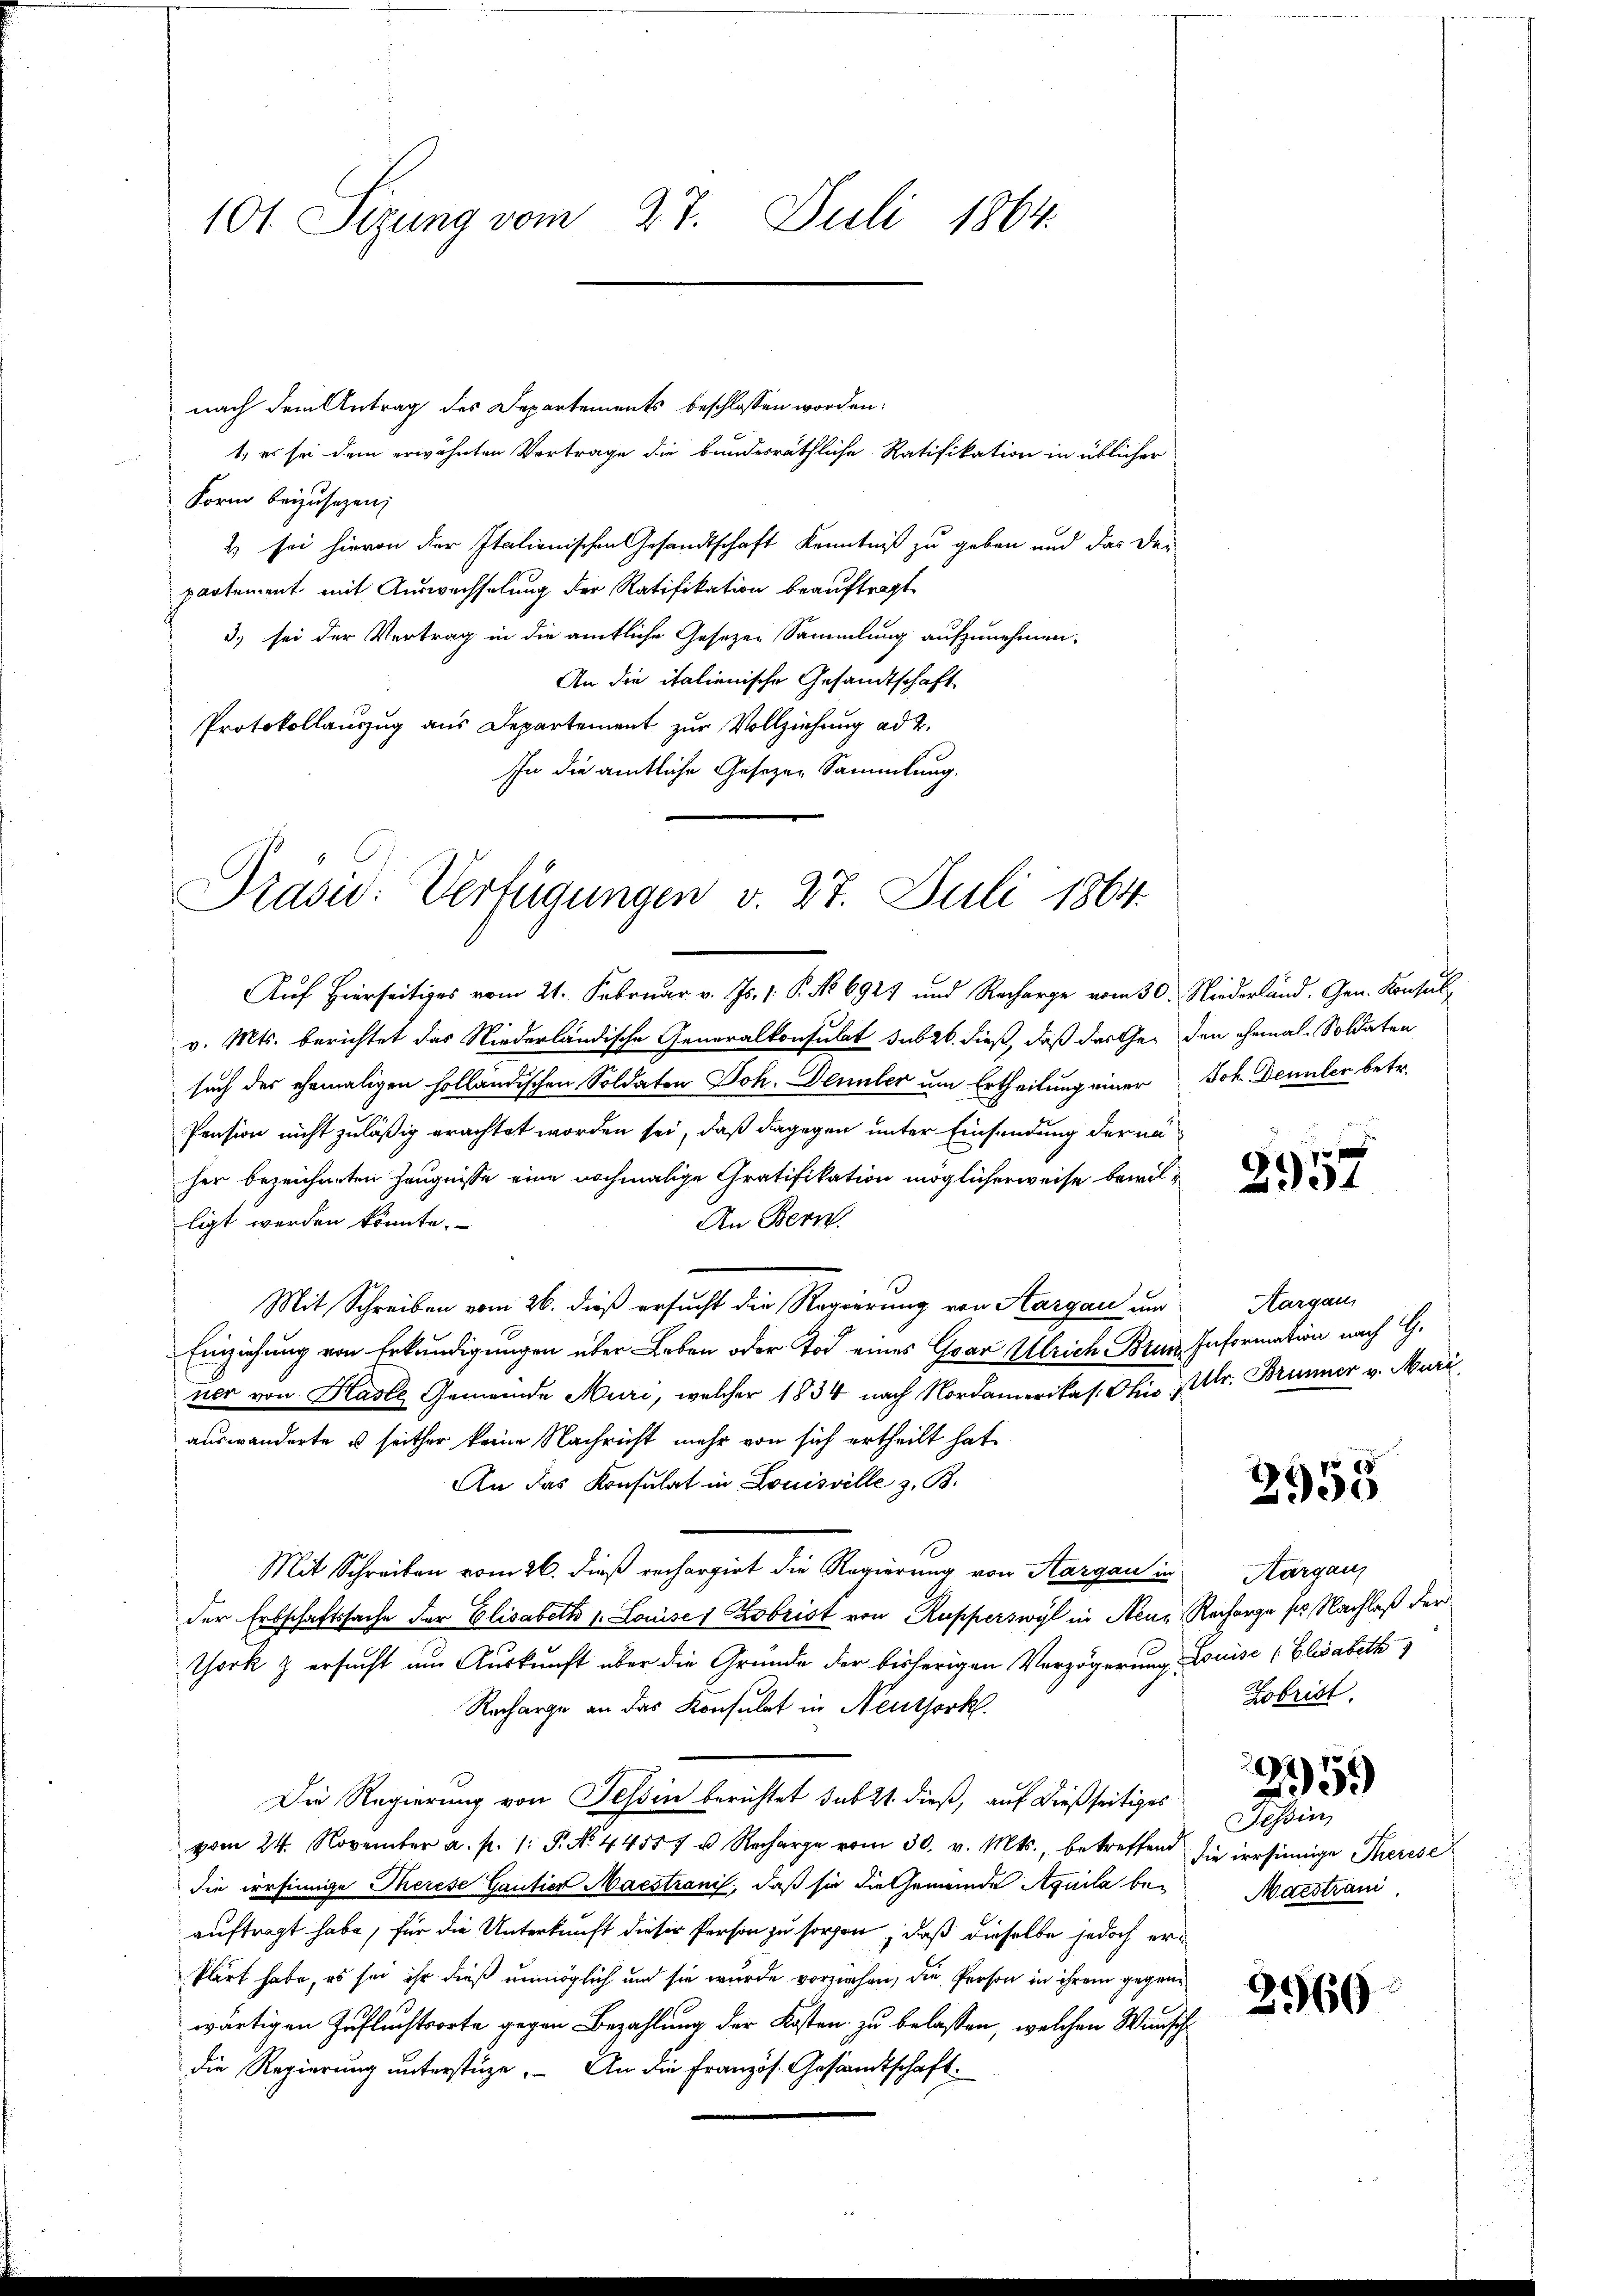
101 Sezung vom 27. Juli 1864.

nach dem Antrag des Departements beschlossen worden:
t, es sei dem erwähnten Vertrage die bundesräthliche Ratifikation in üblicher
Form beizusetzen;
2 sei hievon der Italienischen Gesandtschaft Kenntniß zu geben und das De-
partement mit Auswechselung der Ratifikation beauftragt.
3) sei der Vertrag in die amtliche Gesetzen Sammlung aufzunehmen.
An die italienische Gesandtschaft
Protokollauszug aus Departement zur Vollziehung ad 2.
In die amtliche Gesezen Sammlung.

Präsid. Verfügungen v. 27. Juli 1864.

v. Mts. berichtet das Niederländische Generalkonsulat subr. dieß, daß das Ge- den ehemals Soldaten
such des ehemaligen holländischen Soldaten Joh. Dennler um Ertheilung einer Joh. Dennler betr.
Pension nicht zuläßig erachtet worden sei, daß dagegen unter Einsendung der na
her bezeichneten Zeugnisse eine nochmalige Gratifikation möglicherweise bewilligt werden könnte.
An Bern.
Mit Schreiben vom 26. dieß ersucht die Regierung von Aargau um
Einziehung von Erkundigungen über Leben oder Tod eines Gar Ulrich Brun Information nach G.
ner von Hasle Gemeinde Muri, welcher 1834 nach Nordamerikas. Chis Utr. Brunner v. Muri,
auswanderte u seither keine Nachricht mehr von sich ertheilt hat
An das Konsulat in Louisville z. B.
Mit Schreiben vom 26. dieß rechargirt die Regierung von Aargau in
der Erbschaftssache der Elisabeth v. Louise 1 Kobrist von Rupperswyl in Neue Recharge pr. Nachlaß der
Thork & ersucht um Auskunft über die Gründe der bisherigen Verzögerung, Louise (Elisabeth
Recharge an das Konsulat in Neuthork
Die Regierung von Tessin berichtet subst dieß, auf dießseitiges
vom 24. November a. p. 1: P. No. 44557 u. Recharge vom 30. v. Mts., betreffend die irrsinnige Therese
die irrsinnige Therese Gantier Maestrani, daß sie die Gemeinde Aquila beauftragt habe, für die Unterkunft dieser Person zu sorgen, daß dieselbe jedoch erklärt habe, es sei ihr dieß unmöglich und sie wurde vorziehen, die Person in ihrem gegenwärtigen Zufluchtsorte gegen Bezahlung der Kosten zu belassen, welchen Windsch
die Regierung unterstüze. An die Französ. Gesamtschaft

Auf Hierseitiges vom 21. Februar v. Js. v. P. No 692 und Recharge vom 30. Niederland. Gen. Konsul¬

2957

Aargau

2958

Aargau,
Fobrist.
25.)
Tessin
Matstrani

2960